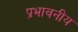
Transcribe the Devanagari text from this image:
प्रभावनीय